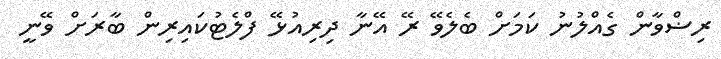
ރިޟްވާން ގެއްލުނު ކަމަށް ބެލެވޭ ރޭ އޭނާ ދިރިއުޅޭ ފްލެޓުކައިރިން ބާރަށް ވޭނީ